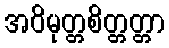
အဝိမုတ္တစိတ္တတ္တာ